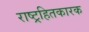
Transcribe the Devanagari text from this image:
राष्ट्रहितकारक